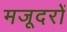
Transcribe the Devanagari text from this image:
मजूदरों